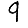
Digit: 9